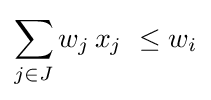
\sum _{j\in J}w_{j}\,x_{j}\ \leq w_{i}